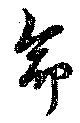
命